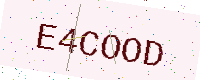
Text: E4COOD